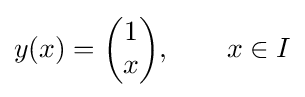
y(x)={\begin{pmatrix}1\\x\end{pmatrix}},\qquad x\in I